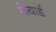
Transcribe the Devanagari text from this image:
जेयार्ड